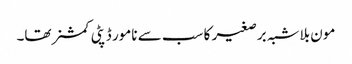
مون بلاشبہ برصغیر کا سب سے نامور ڈپٹی کمشنر تھا۔